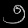
Digit: ၅